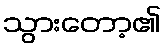
သွားတော့၏